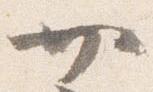
廿